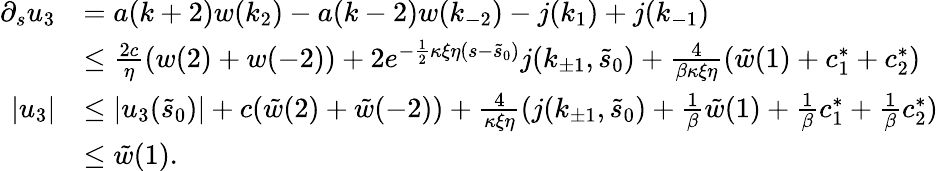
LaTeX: \begin{array}{rl}{\partial_{s}u_{3}}&{=a(k+2)w(k_{2})-a(k-2)w(k_{-2})-j(k_{1})+j(k_{-1})}\\ &{\le\frac{2c}\eta(w(2)+w(-2))+2e^{-\frac 12\kappa\xi\eta(s-\tilde{s}_{0})}j(k_{\pm 1},\tilde{s}_{0})+\frac 4{\beta\kappa\xi\eta}(\tilde{w}(1)+c_{1}^{\ast}+c_{2}^{\ast})}\\ {\vert u_{3}\vert}&{\le\vert u_{3}(\tilde{s}_{0})\vert+c(\tilde{w}(2)+\tilde{w}(-2))+\frac 4{\kappa\xi\eta}(j(k_{\pm 1},\tilde{s}_{0})+\frac 1\beta\tilde{w}(1)+\frac 1\beta c_{1}^{\ast}+\frac 1{\beta}c_{2}^{\ast})}\\ &{\le\tilde{w}(1).}\end{array}